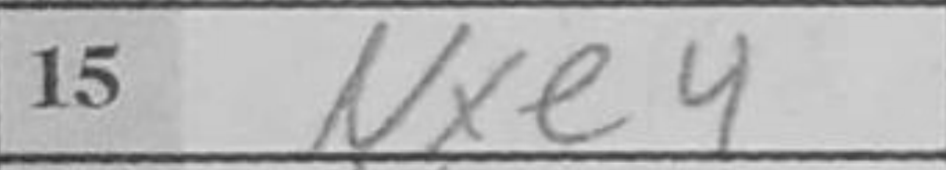
Transcription: Nxe4